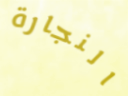
النجارة